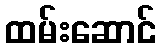
ထမ်းဆောင်